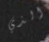
الذي